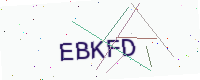
Text: EBKFD